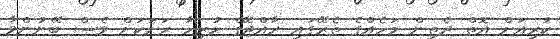
ކުރިއަށް އޮތް ދެތިން މަހެއްގެ ތެރޭގައި ރާއްޖޭގެ ހުރިހާ ރަށަކަށް ވެސް ބޭނުންވާ